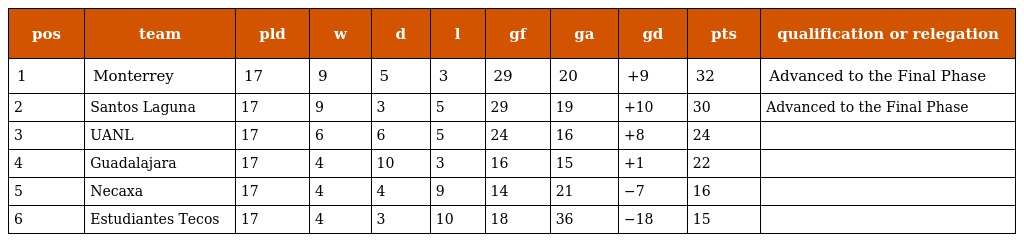
| pos | team | pld | w | d | l | gf | ga | gd | pts | qualification or relegation |
 | --- | --- | --- | --- | --- | --- | --- | --- | --- | --- | --- |
 | 1 | Monterrey | 17 | 9 | 5 | 3 | 29 | 20 | +9 | 32 | Advanced to the Final Phase |
 | 2 | Santos Laguna | 17 | 9 | 3 | 5 | 29 | 19 | +10 | 30 | Advanced to the Final Phase |
 | 3 | UANL | 17 | 6 | 6 | 5 | 24 | 16 | +8 | 24 |  |
 | 4 | Guadalajara | 17 | 4 | 10 | 3 | 16 | 15 | +1 | 22 |  |
 | 5 | Necaxa | 17 | 4 | 4 | 9 | 14 | 21 | −7 | 16 |  |
 | 6 | Estudiantes Tecos | 17 | 4 | 3 | 10 | 18 | 36 | −18 | 15 |  |